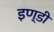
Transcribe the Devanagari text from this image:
इण्डी